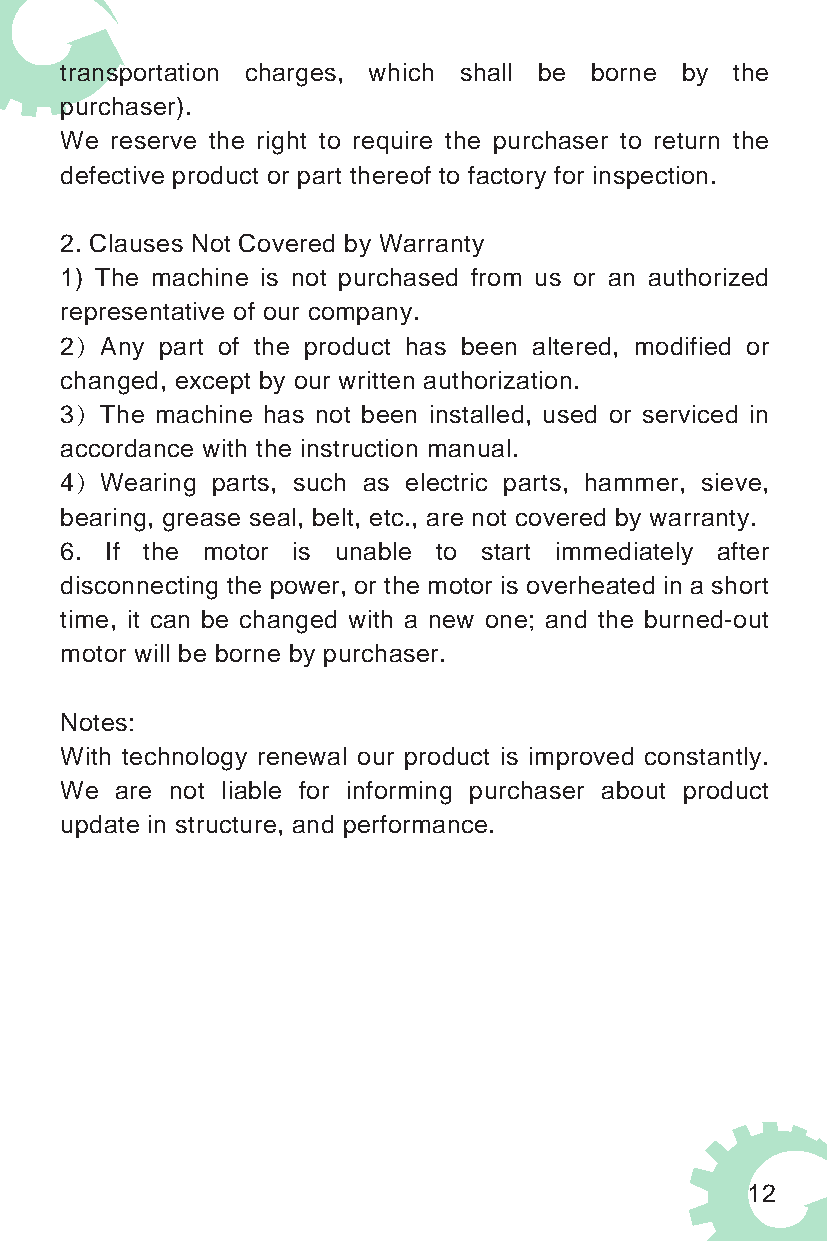
transportation charges, which shall be borne by the
 purchaser).
 We reserve the right to require the purchaser to return the
 defective product or part thereof to factory for inspection.
 2. Clauses Not Covered by Warranty
 1) The machine is not purchased from us or an authorized
 representative of our company.
 2）Any  part of the product has been altered, modified or
 changed, except by our written authorization.
 3）The machine has not been installed, used or serviced in
 accordance with the instruction manual.
 4）Wearing parts, such as electric parts, hammer, sieve,
 bearing, grease seal, belt, etc., are not covered by warranty.
 6. If the motor is unable to start immediately after
 disconnecting the power, or the motor is overheated in a short
 time, it can be changed with a new one; and the burned-out
 motor will be borne by purchaser.
 Notes:
 With technology renewal our product is improved constantly.
 We  are not liable for informing purchaser about product
 update in structure, and performance.
 12